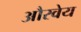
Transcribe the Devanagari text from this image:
औरवेय